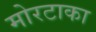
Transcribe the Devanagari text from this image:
मोरटाका